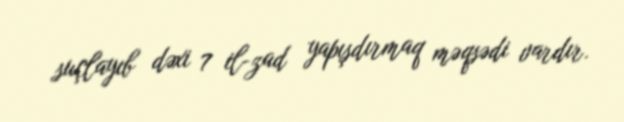
suçlayıb dəxi 7 il-zad yapışdırmaq məqsədi vardır.